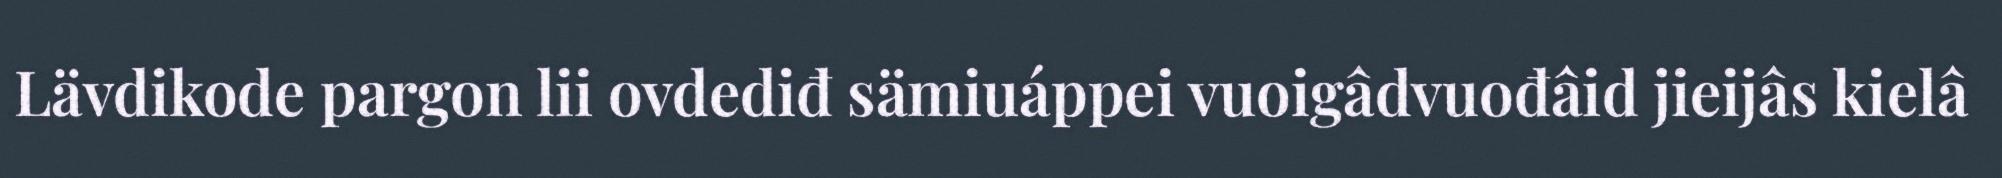
Lävdikode pargon lii ovdediđ sämiuáppei vuoigâdvuođâid jieijâs kielâ